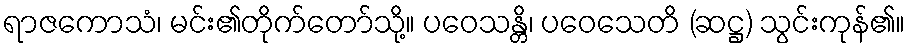
ရာဇကောသံ၊ မင်း၏တိုက်တော်သို့။ ပဝေသန္တိ၊ ပဝေသေတိ (ဆဋ္ဌ) သွင်းကုန်၏။